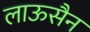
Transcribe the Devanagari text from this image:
लाऊसैन